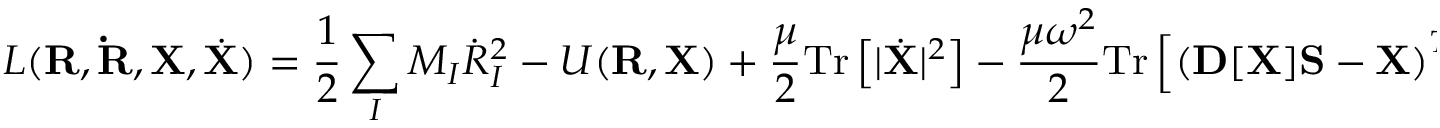
{ \displaystyle { \cal L } ( { \bf R } , { \bf { \dot { R } } } , { \bf X } , { \dot { \bf X } } ) = \frac { 1 } { 2 } \sum _ { I } M _ { I } { \dot { R } } _ { I } ^ { 2 } - { \cal U } ( { \bf R } , { \bf X } ) + \frac { \mu } { 2 } \mathrm { T r } \left[ \vert { \dot { \bf X } } \vert ^ { 2 } \right] - \frac { \mu \omega ^ { 2 } } { 2 } \mathrm { T r } \left[ \left( { \bf D } [ { \bf X } ] { \bf S } - { \bf X } \right) ^ { T } { \cal T } \left( { \bf D } [ { \bf X } ] { \bf S } - { \bf X } \right) \right] } .